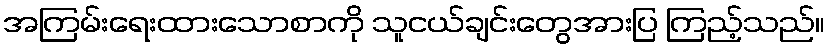
အကြမ်းရေးထားသောစာကို သူငယ်ချင်းတွေအားပြ ကြည့်သည်။